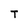
Character: T